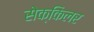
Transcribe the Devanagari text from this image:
सेक्किलर